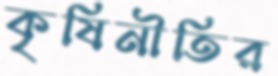
কৃষিনীতির